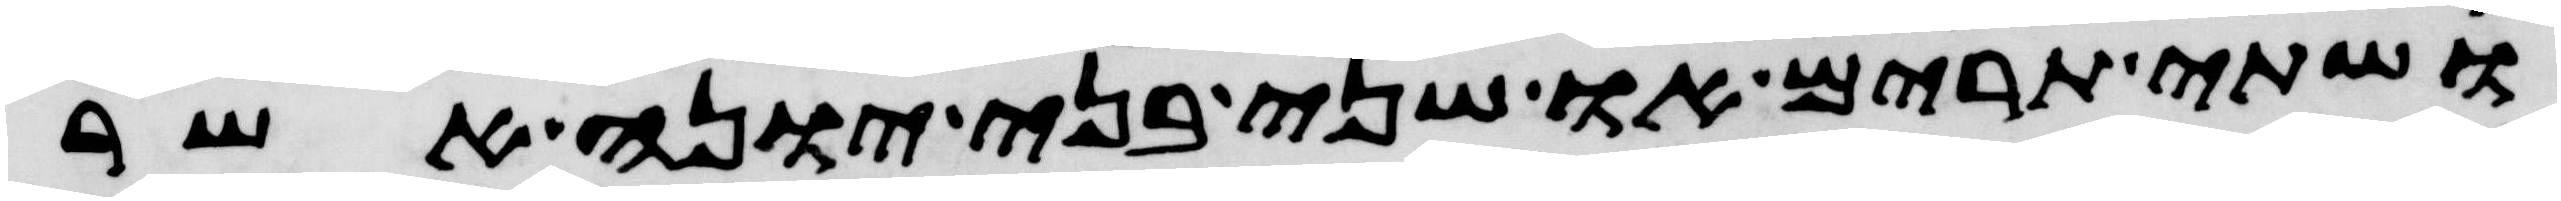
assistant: ושתי תרים או שני בני יונה אשר